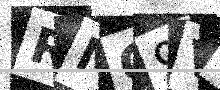
Text: RMO9VL